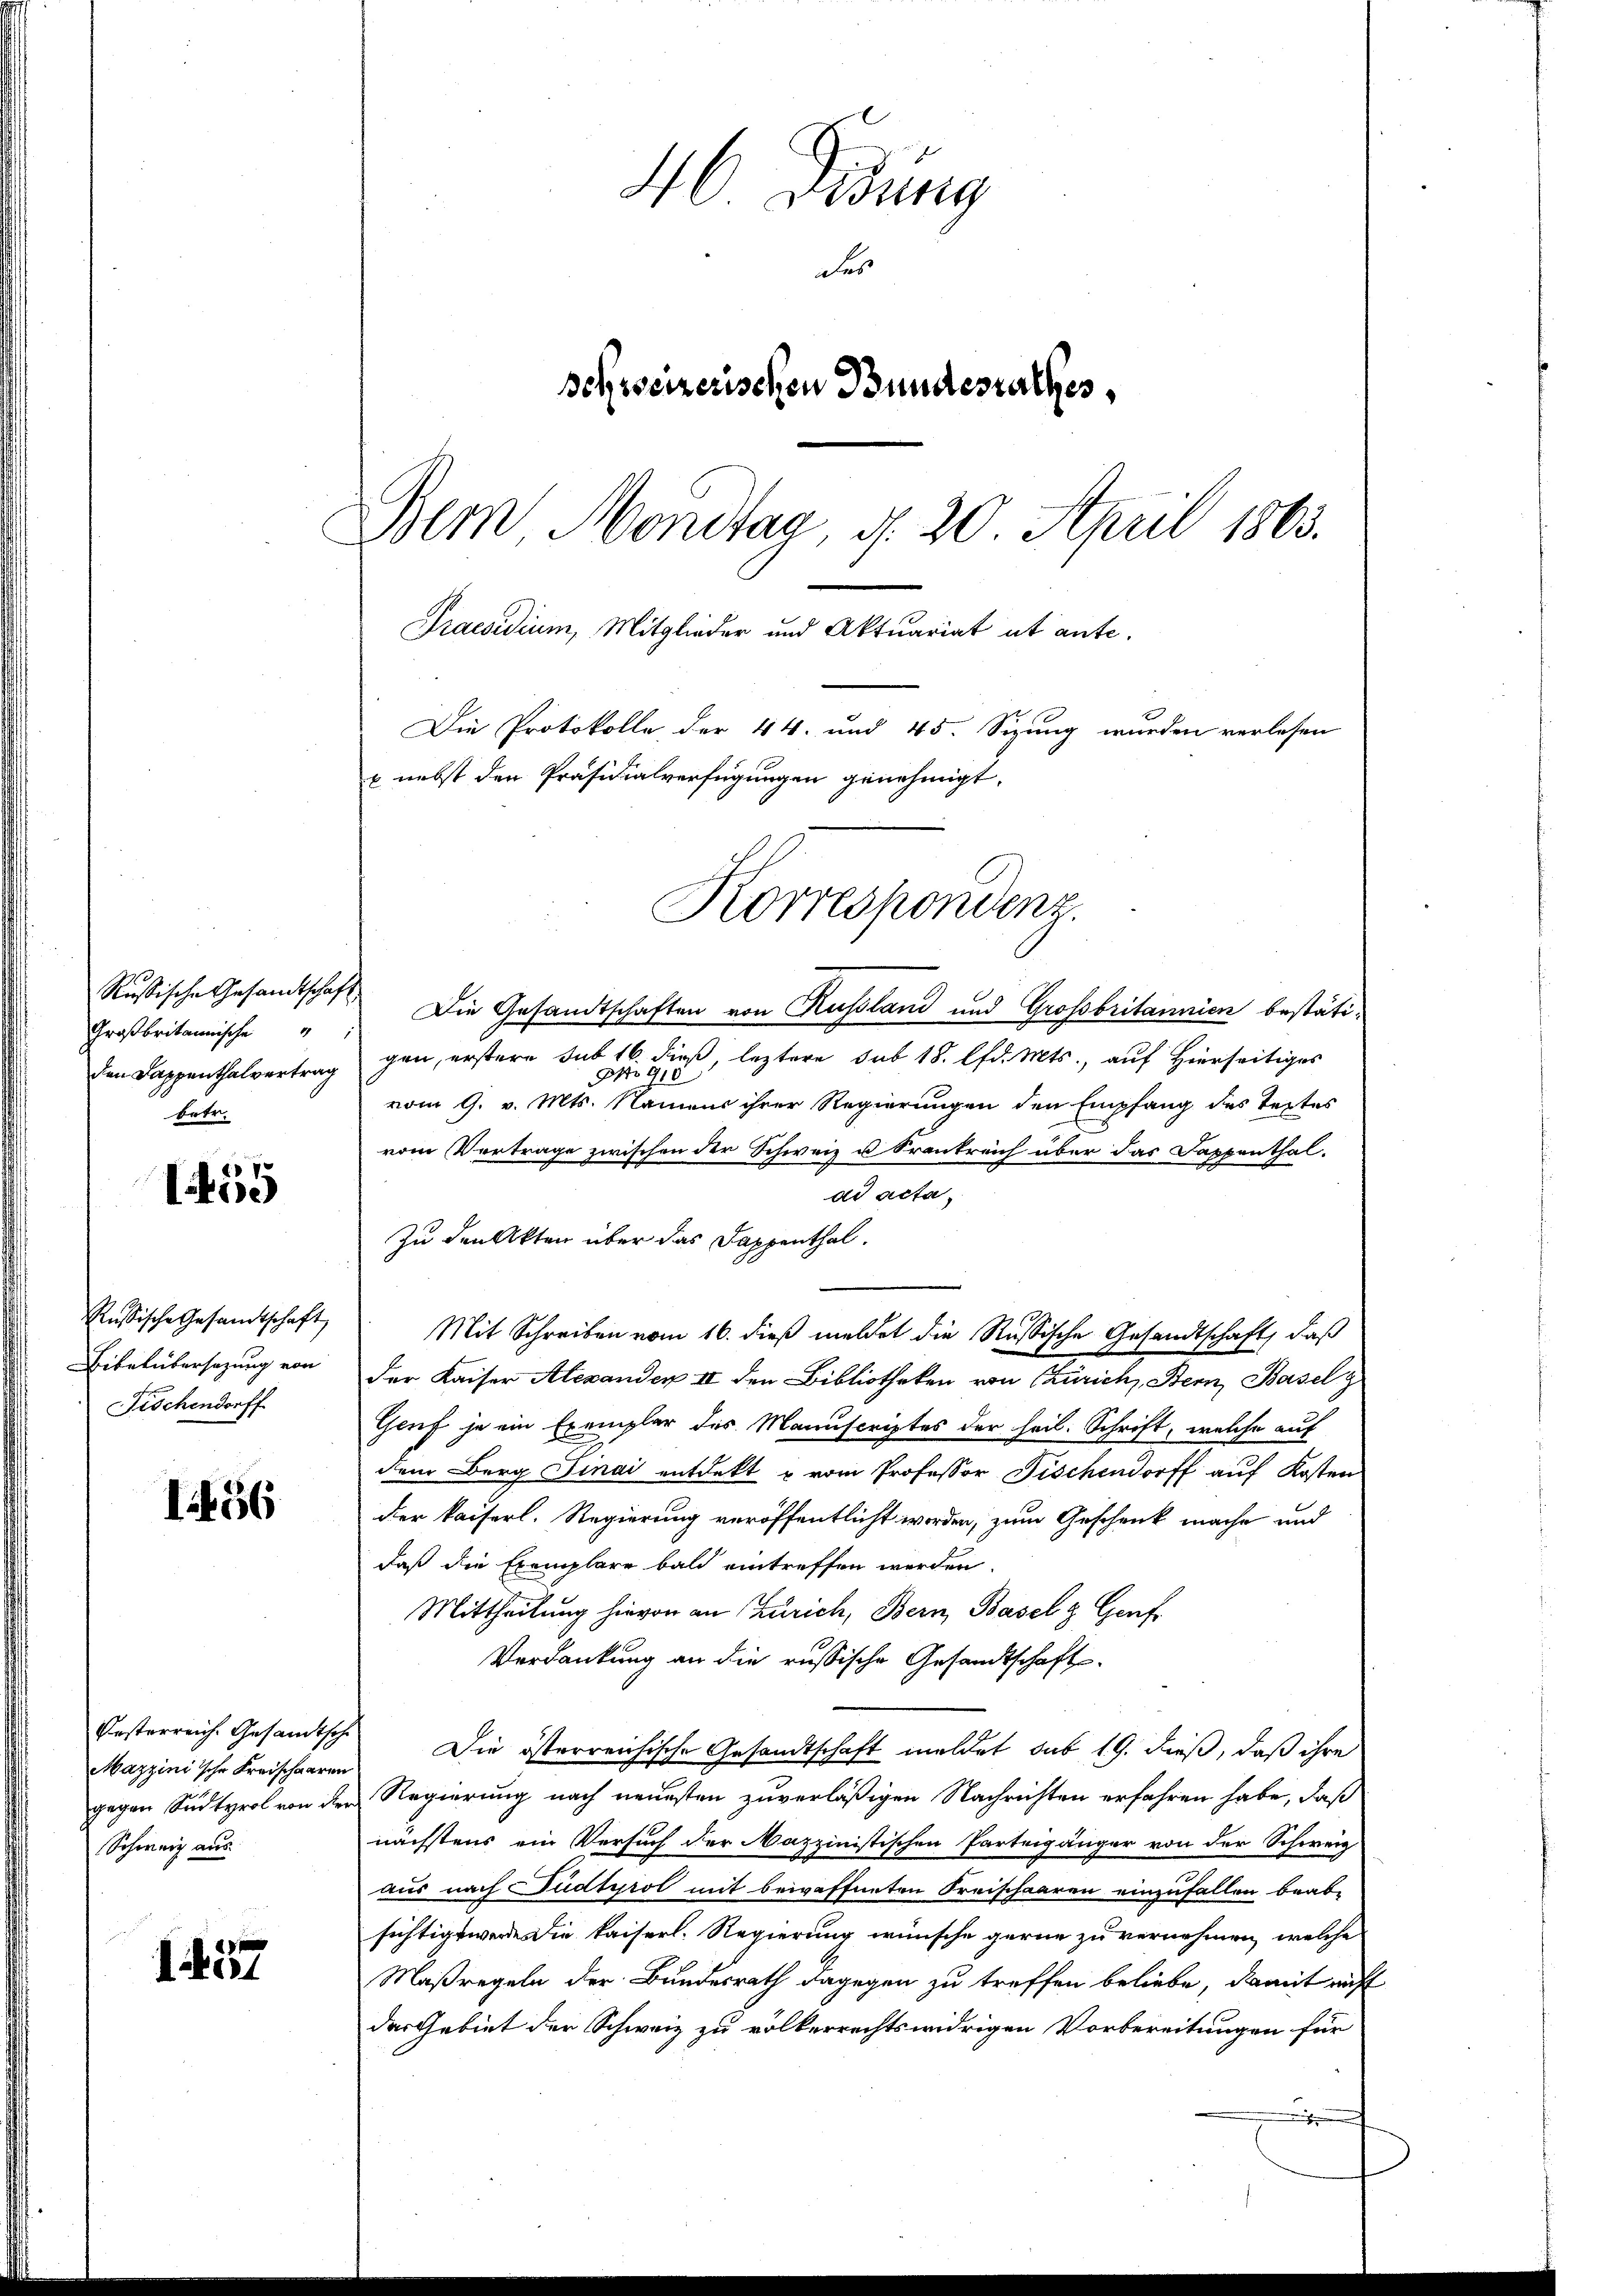
Rußische Gesandtschaft
Großbritannische
den Kappenthalvertrag
betr.

1459

Russische Gesandtschaft
Bibelübersatzung von
Fischendorff

1456

Mazzinische Kreischaaren
Schweiz aus

1457

46 Didung
des
pohrseizerischen Bundesrathes,
Bern Mondtag, d. 20 April 1863.
Praesidium, Mitglieder und Aktuariat ut ante.
Die Protokolle, der 44. und 45. Sizung wurden verlesen
x nebst den Präsidialverfügungen genehmigt.

Korrespondenz.

Die Gesandtschaften von Russland und Großbritannien bestätigen, erstere sub 16. dieß leztere sub 18. lfd. Mts., auf Hierseitiges
No 918
vom 9. v. Mts. Namens ihrer Regierungen den Empfang des Textes
vom Vertrage zwischen der Schweiz u. Krankreich über das Sappenthal-
ad acta,
Zu den Akten über das Sappenthal.
Mit Schreiben vom 16. dieß meldet die Russische Gesandtschaft, daß
der Kaiser Alexanden II den Bibliotheken von Zürich, Bern, Basel g
Geuf je ein Exemplar des Manuscriptes der heil. Schrift, welche auf
dem Berg Finai entdekt u vom Professor Fischendorff auf Kosten
der kaiserl. Regierung veröffentlicht worden, zum Geschenk mache und
daß die Exemplare bald eintreffen werden.
Mittheilung hievon an Zürich, Bern, Basel z. Genf.
Verdankung an die russische Gesandtschaft
Posterreich. Gesandtsche Die österreichische Gesandtschaft meldet sus 19. dieß, daß ihre
gegen Sudtyrol von der Regierung nach neuesten zuverläßigen Nachrichten erfahren habe, daß
nächstens ein Versuch der Mazzinistischen Parteigänger von der Schweiz
aus nach Pudtyrol mit bewaffneten Kreischaaren einzufallen beab-
sichtigt werde die kaiserl. Regierung wünsche gerne zu vernehmen, welche
Maßregeln der Bundesrath dagegen zu treffen beliebe, damit nicht
das Gebiet der Schweiz zu völkerrechtswidrigen Vorbereitungen für